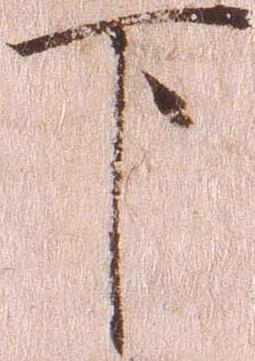
下